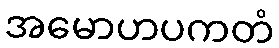
အမောဟပကတံ